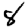
Digit: 8